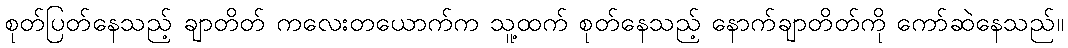
စုတ်ပြတ်နေသည့် ချာတိတ် ကလေးတယောက်က သူ့ထက် စုတ်နေသည့် နောက်ချာတိတ်ကို ကော်ဆဲနေသည်။